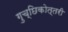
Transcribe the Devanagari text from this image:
गुच्छिकोत्तरी